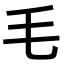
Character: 毛